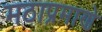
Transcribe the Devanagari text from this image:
मठाप्रमाणे